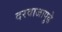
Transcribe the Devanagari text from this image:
दरवाजापुढे